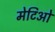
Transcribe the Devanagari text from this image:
मेटिओ